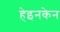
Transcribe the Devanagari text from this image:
हेइनकेन